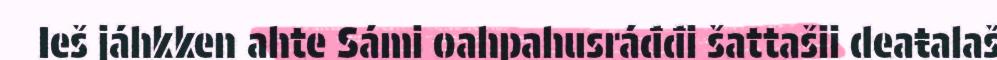
Ieš jáhkken ahte Sámi oahpahusráđđi šattašii deaŧalaš